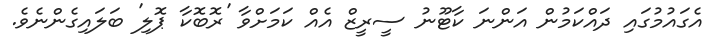
އެގައުމުގައި ދައްކަމުން އަންނަ ކާޓޫނު ސީރީޒް އެއް ކަމަށްވާ 'ރޮބޮކާ ޕޮލި' ބަލައިގެންނެވެ.